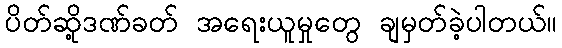
ပိတ်ဆို့ဒဏ်ခတ် အရေးယူမှုတွေ ချမှတ်ခဲ့ပါတယ်။